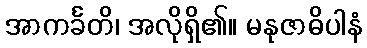
အာကင်္ခတိ၊ အလိုရှိ၏။ မနုဇာဓိပါနံ